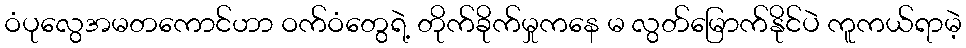
ဝံပုလွေအမတကောင်ဟာ ဝက်ဝံတွေရဲ့ တိုက်ခိုက်မှုကနေ မ လွတ်မြောက်နိုင်ပဲ ကူကယ်ရာမဲ့